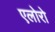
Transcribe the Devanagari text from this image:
एलोरो